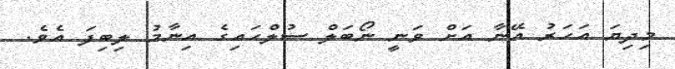
މިދިޔަ އަހަރު އޭނާ އަށް ވަނީ ނޯބަލް ސުލްހައިގެ އިނާމު ލިބިފަ އެވެ.